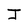
Character: J